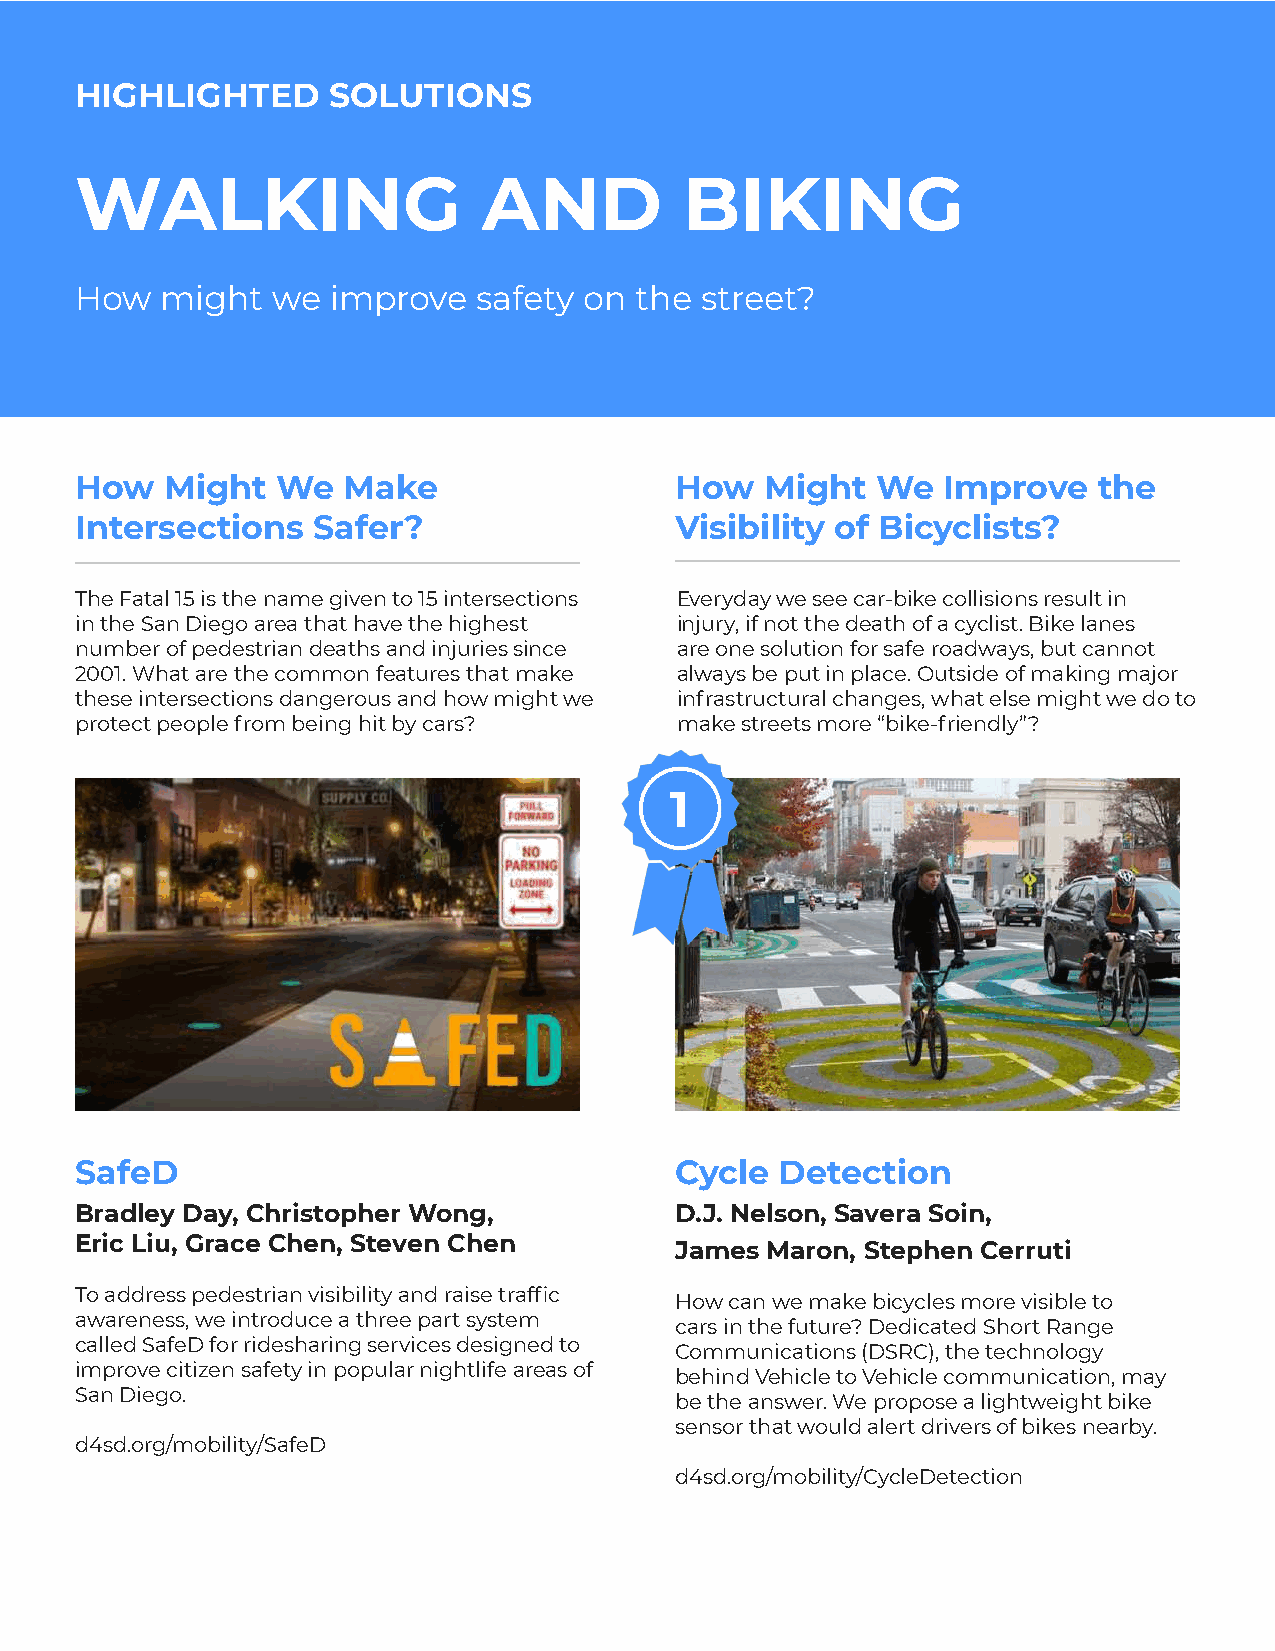
HIGHLIGHTED      SOLUTIONS
 WALKING                    AND          BIKING
 How   might  we  improve   safety on the street?
 How   Might  We   Make                  How   Might  We  Improve    the
 Intersections   Safer?                  Visibility of Bicyclists?
 The Fatal 15 is the name given to 15 intersections Everyday we see car-bike collisions result in
 in the San Diego area that have the highest injury, if not the death of a cyclist. Bike lanes
 number of pedestrian deaths and injuries since are one solution for safe roadways, but cannot
 2001. What are the common features that make always be put in place. Outside of making major
 these intersections dangerous and how might we infrastructural changes, what else might we do to
 protect people from being hit by cars?  make streets more “bike-friendly”?
 1
 SafeD                                   Cycle  Detection
 Bradley Day, Christopher Wong,          D.J. Nelson, Savera Soin,
 Eric Liu, Grace Chen, Steven Chen
 James Maron, Stephen Cerruti
 To address pedestrian visibility and raise traffic
 How can we make bicycles more visible to
 awareness, we introduce a three part system
 cars in the future? Dedicated Short Range
 called SafeD for ridesharing services designed to
 Communications (DSRC), the technology
 improve citizen safety in popular nightlife areas of
 behind Vehicle to Vehicle communication, may
 San Diego.
 be the answer. We propose a lightweight bike
 sensor that would alert drivers of bikes nearby.
 d4sd.org/mobility/SafeD
 d4sd.org/mobility/CycleDetection